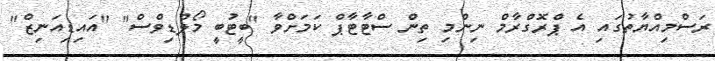
ރަސްމިއްޔާތުގައި އެ ޕްރޮގްރާމް ނިންމި ތިން ސްޓާޓާޕް ކަމަށްވާ "ބީޓުބީ މޯލްޑިވްސް" "އައިޑިއަނިޒް"